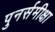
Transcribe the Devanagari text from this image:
पुनर्समीक्षा